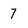
Character: 7